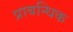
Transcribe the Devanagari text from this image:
प्राबन्धिक